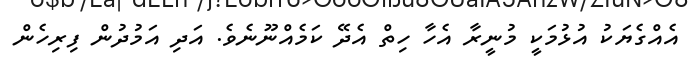
އެއްގެޔަކު އުޅުމަކީ މުނީރާ އެހާ ހިތް އެދޭ ކަމެއްނޫނެވެ. އަދި އަމުދުން ފިރިހެން